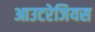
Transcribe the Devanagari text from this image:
आउटरेजियस